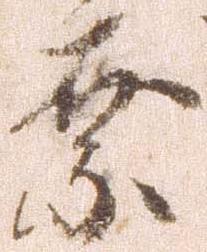
奈